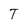
Character: T